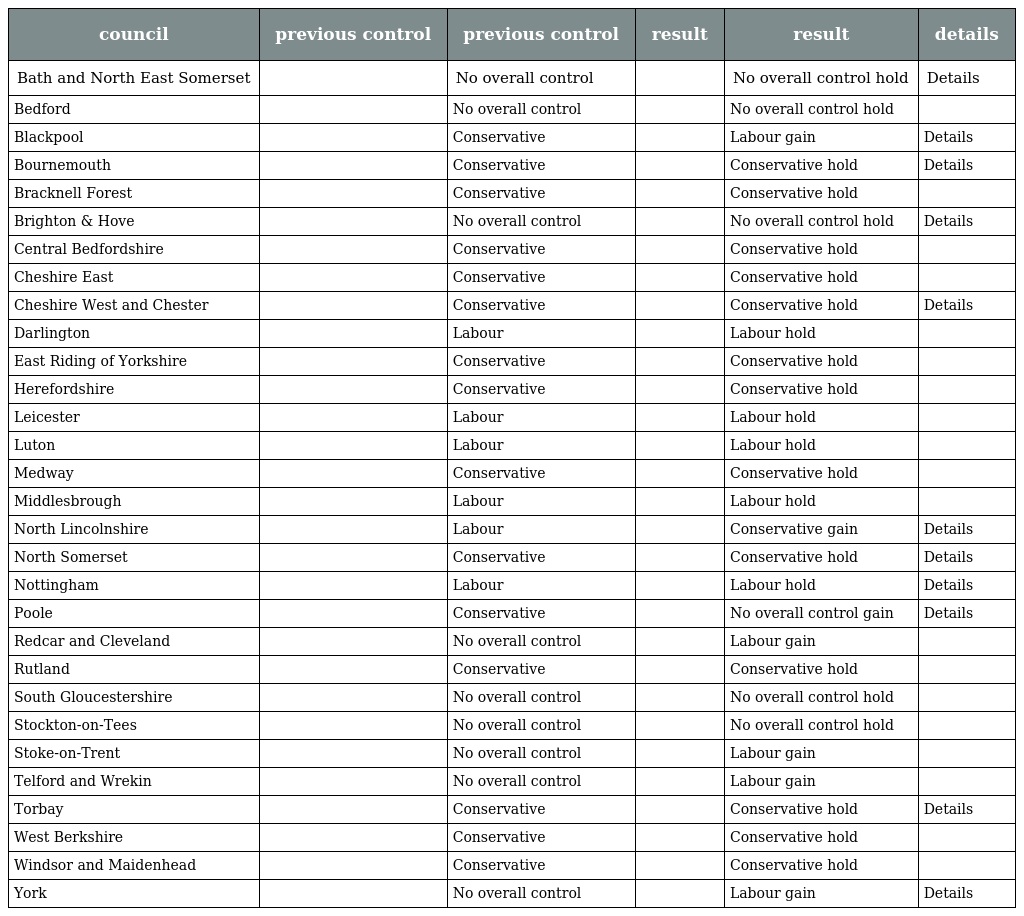
| council | previous control | previous control | result | result | details |
 | --- | --- | --- | --- | --- | --- |
 | Bath and North East Somerset |  | No overall control |  | No overall control hold | Details |
 | Bedford |  | No overall control |  | No overall control hold |  |
 | Blackpool |  | Conservative |  | Labour gain | Details |
 | Bournemouth |  | Conservative |  | Conservative hold | Details |
 | Bracknell Forest |  | Conservative |  | Conservative hold |  |
 | Brighton & Hove |  | No overall control |  | No overall control hold | Details |
 | Central Bedfordshire |  | Conservative |  | Conservative hold |  |
 | Cheshire East |  | Conservative |  | Conservative hold |  |
 | Cheshire West and Chester |  | Conservative |  | Conservative hold | Details |
 | Darlington |  | Labour |  | Labour hold |  |
 | East Riding of Yorkshire |  | Conservative |  | Conservative hold |  |
 | Herefordshire |  | Conservative |  | Conservative hold |  |
 | Leicester |  | Labour |  | Labour hold |  |
 | Luton |  | Labour |  | Labour hold |  |
 | Medway |  | Conservative |  | Conservative hold |  |
 | Middlesbrough |  | Labour |  | Labour hold |  |
 | North Lincolnshire |  | Labour |  | Conservative gain | Details |
 | North Somerset |  | Conservative |  | Conservative hold | Details |
 | Nottingham |  | Labour |  | Labour hold | Details |
 | Poole |  | Conservative |  | No overall control gain | Details |
 | Redcar and Cleveland |  | No overall control |  | Labour gain |  |
 | Rutland |  | Conservative |  | Conservative hold |  |
 | South Gloucestershire |  | No overall control |  | No overall control hold |  |
 | Stockton-on-Tees |  | No overall control |  | No overall control hold |  |
 | Stoke-on-Trent |  | No overall control |  | Labour gain |  |
 | Telford and Wrekin |  | No overall control |  | Labour gain |  |
 | Torbay |  | Conservative |  | Conservative hold | Details |
 | West Berkshire |  | Conservative |  | Conservative hold |  |
 | Windsor and Maidenhead |  | Conservative |  | Conservative hold |  |
 | York |  | No overall control |  | Labour gain | Details |